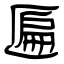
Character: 匾